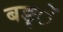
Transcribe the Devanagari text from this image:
बङ्ें